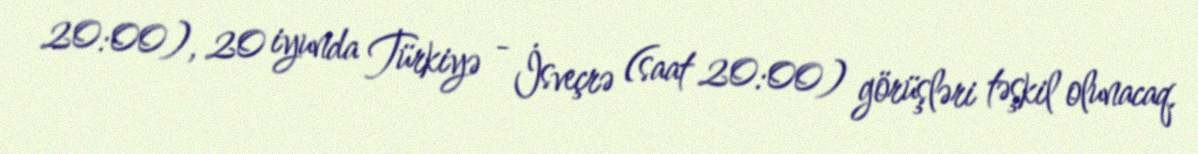
20:00), 20 iyunda Türkiyə - İsveçrə (saat 20:00) görüşləri təşkil olunacaq.